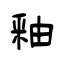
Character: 釉